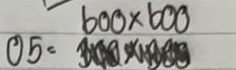
05 = 600 x 600